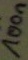
Text: 100n